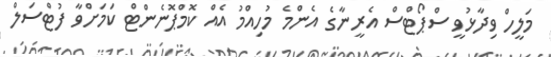
މަލީހް ވިދާޅުވީ ސްޕޯޓްސް އެރީނާގެ އެންމެ މުހިއްމު އެއް ކޮމްޕޮނެންޓް ކަމަށްވާ ފުޓްސަލް